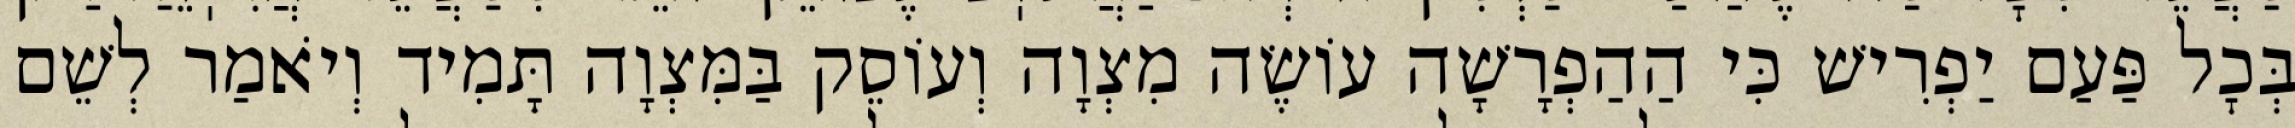
בְּכׇל פַּעַם יַפְרִישׁ כִּי הַהַפְרָשָׁה עוֹשֶׂה מִצְוָה וְעוֹסֵק בַּמִּצְוָה תָּמִיד וְיֹאמַר לְשֵׁם